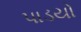
પાડયો